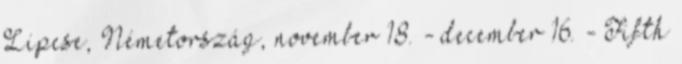
Lipcse, Németország, november 18. - december 16. - Fifth